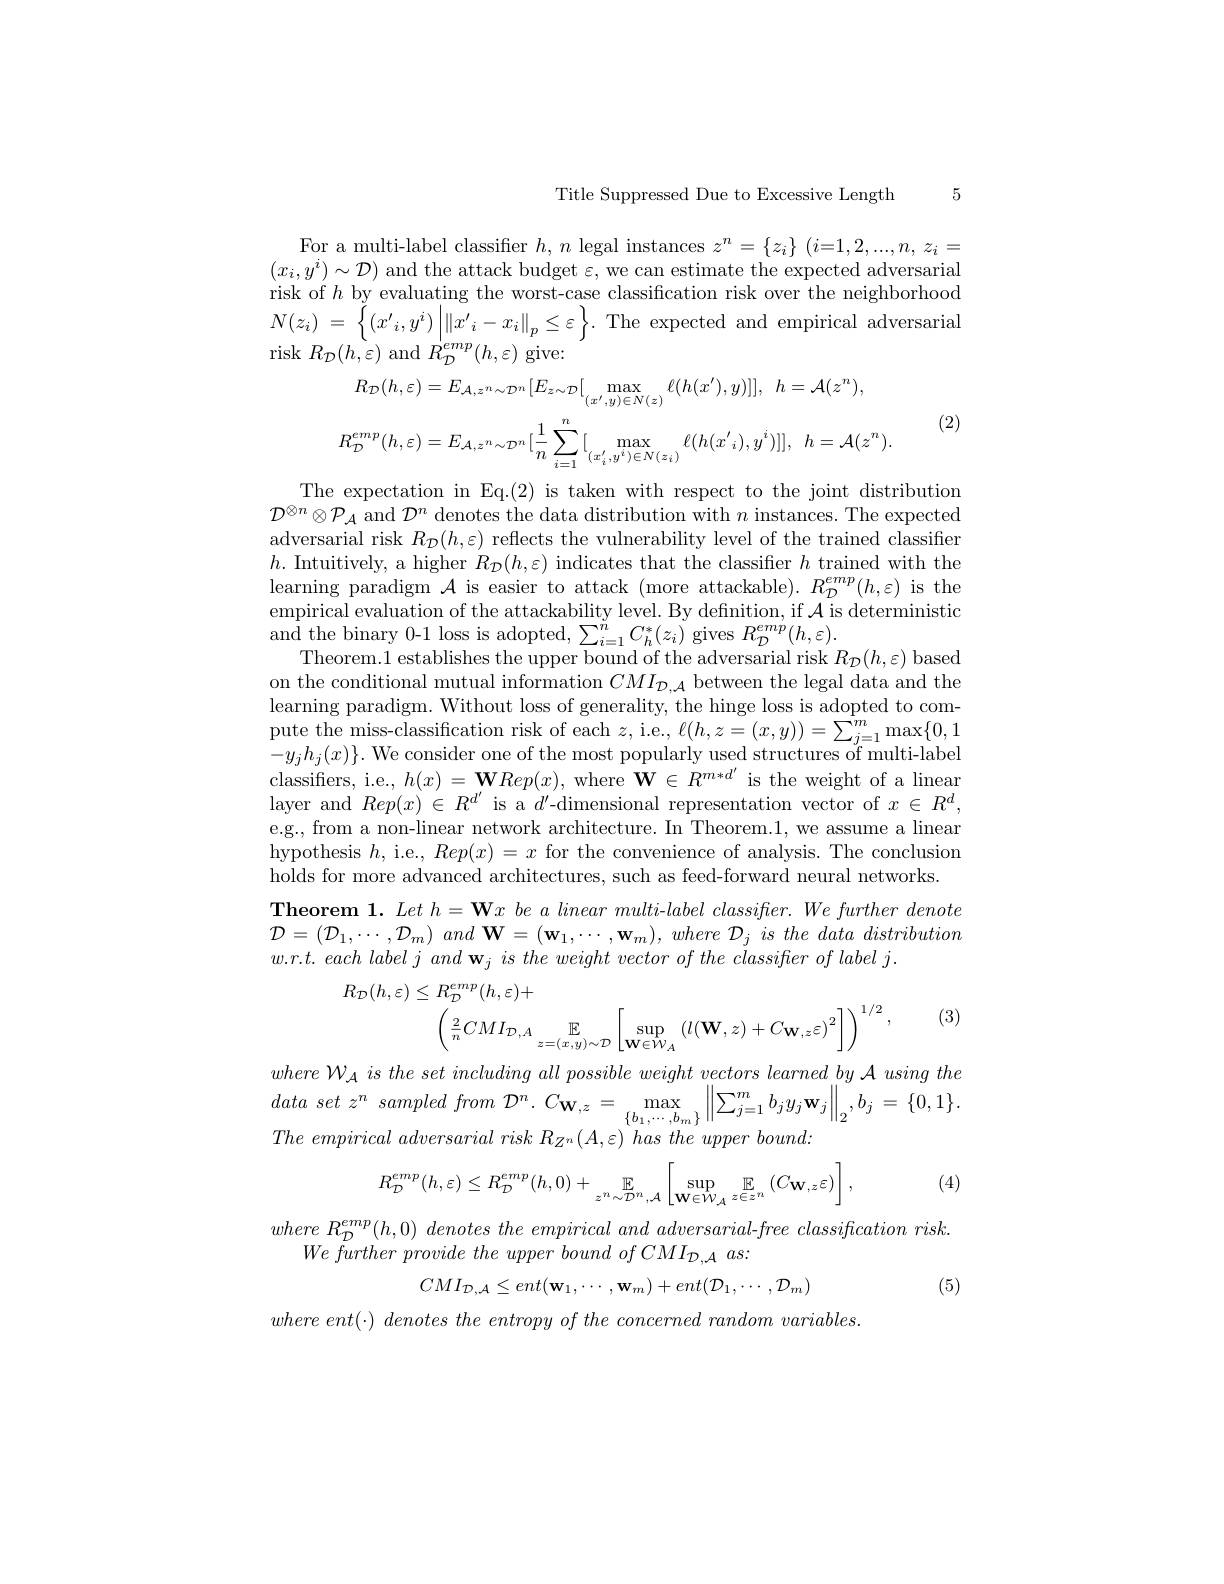
Title Suppressed Due to Excessive Length 5

For a multi-label classifier $h,n$ legal instances $z^n=\{z_i\}$ $(i=1,2,...,n,z_i=$ $(x_{i},y^{i})\sim\mathcal{D})$ and the attack budget $\varepsilon$, we can estimate the expected adversarial risk of $h$ by evaluating the worst-case classification risk over the neighborhood $N( z_{i})$ = $\left \{ ( x_{i}^{\prime }, y^{i}) \right | \| x_{i}^{\prime }- x_{i}\| _{p}\leq \varepsilon$ $\right \} .$The expected and empirical adversaria risk $R_{\mathcal{D}}(h,\varepsilon)$ and $R_{\mathcal{D}}^{^{\prime}emp}(h,\varepsilon)$ give:

(2)
$$R_{\mathcal{D}}(h,\varepsilon)=E_{\mathcal{A},z^{n}\sim\mathcal{D}^{n}}[E_{z\sim\mathcal{D}}[\max_{(x',y)\in N(z)}\ell(h(x'),y)]],\:h=\mathcal{A}(z^{n}),$$
$$R_{\mathcal{D}}^{emp}(h,\varepsilon)=E_{\mathcal{A},z^{n}\sim\mathcal{D}^{n}}[\frac{1}{n}\sum_{i=1}^{n}[\max_{(x_{i}',y^{i})\in N(z_{i})}\ell(h(x'_{i}),y')]],\:h=\mathcal{A}(z^{n}).$$
The expectation in Eq.(2) is taken with respect to the joint distribution $\mathcal{D}^{\otimes n}\otimes\mathcal{P}_{\mathcal{A}}$ and $\mathcal{D}^n$ denotes the data distribution with $n$ instances. The expected adversarial risk $R_{\mathcal{D}}(h,\varepsilon)$ reflects the vulnerability level of the trained classifier $h.$ Intuitively, a higher $R_\mathcal{D}(h,\varepsilon)$ indicates that the classifier $h$ trained with the learning paradigm $\mathcal{A}$ is easier to attack (more attackable). $R_{\mathcal{D}}^{emp}(h,\varepsilon)$ is the empirical evaluation of the attackability level. By definition, if $\mathcal{A}$ is deterministic $\underset{\mathrm{and~the~binary~0-1~loss~is~adopted,~}\sum_{i=1}^{n}C_{h}^{*}(z_{i})\mathrm{~gives~}R_{D}^{emp}(h,\varepsilon).}$
Theorem.1 establishes the upper bound of the adversarial risk $R_\mathcal{D}(h,\varepsilon)$ based on the conditional mutual information $CMI_{\mathcal{D},\mathcal{A}}$ between the legal data and the learning paradigm. Without loss of generality, the hinge loss is adopted to compute the miss-classification risk of each $z$, i.e., $\ell(h,z=(x,y))=\sum_{j=1}^m\max\{0,1$ $-y_jh_j(x)\}.$ We consider one of the most popularly used structures of multi-label classifiers, i.e., $h(x)=\mathbf{W}Rep(x)$, where $\mathbf{W}\in R^{m*d^{\prime}}$ is the weight of a linear layer and $Rep(x)\in R^{d^{\prime}}$ is a $d^\prime$-dimensional representation vector of $x\in R^d$, e.g., from a non-linear network architecture. In Theorem.1, we assume a linear hypothesis $h$, i.e., $Rep(x)=x$ for the convenience of analysis. The conclusion holds for more advanced architectures, such as feed-forward neural networks.
$\textbf{Theorem 1. Let h= W}x\textit{ be a linear multi- label classifier. We further denote}$ $\mathcal{D} = ( \mathcal{D} _{1}, \cdots , \mathcal{D} _{m})$ and $\mathbf{W} = ( \mathbf{w} _{1}, \cdots , \mathbf{w} _{m}) $, where $\mathcal{D} _{j}$ $is$ the data distribution $w. r. t. \textit{each label j and w}_{j}\textit{is the weight vector of the classifier of label j}.$
$$R_{\mathcal{D}}(h,\varepsilon)\leq R_{\mathcal{D}}^{emp}(h,\varepsilon)+\\\left(\frac{2}{n}CMI_{\mathcal{D},A}\underset{z=(x,y)\sim\mathcal{D}}{\operatorname*{\mathbb{E}}}\left[\sup_{\mathbf{W}\in\mathcal{W}_{A}}\left(l(\mathbf{W},z)+C_{\mathbf{W},z}\varepsilon\right)^{2}\right]\right)^{1/2},$$
(3)

where ${\mathcal{W} }_{\mathcal{A} }$ $is$ the set including all possible weight vectors learned $by$ ${\mathcal{A} }$ using the data set $z^{n}$ sampled from ${\mathcal{D} }^{n}.$ $C_{\mathbf{W} , z}=$ $\max _{{\{ h_{1}, \ldots , h_{m}\} }}\left \| \sum _{j= 1}^{m}b_{j}y_{j}\mathbf{w} _{j}\right \| _{2}, b_{j}$ = $\{ 0, 1\} .$ The empirical adversarial risk $R_{Z^n}( A, \varepsilon )$ has the upper $bound:$
$$R_{\mathcal{D}}^{emp}(h,\varepsilon)\leq R_{\mathcal{D}}^{emp}(h,0)+\underset{z^{n}\sim\mathcal{D}^{n},\mathcal{A}}{\mathbb{E}}\left[\sup_{\mathbf{W}\in\mathcal{W}_{\mathcal{A}}}\mathbb{E}_{z\in z^{n}}\left(C_{\mathbf{W},z}\varepsilon\right)\right],$$
(4)

where $R_{\mathcal{D} }^{emp}( h, 0)$ denotes the empirical and $adversarial- free$ classification $risk.$
$We\textit{ further provide the upper bound of CMI}_{\mathcal{D},\mathcal{A}}as:$
$$CMI_{\mathcal{D},\mathcal{A}}\leq ent(\mathbf{w}_{1},\cdots,\mathbf{w}_{m})+ent(\mathcal{D}_{1},\cdots,\mathcal{D}_{m})$$
(5)

where $ent( \cdot )$ denotes the entropy $of$ the concerned random $variables.$